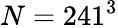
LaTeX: N=241^{3}